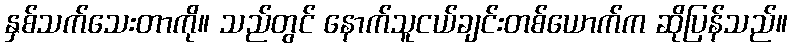
နှစ်သက်သေးတာကို။ သည်တွင် နောက်သူငယ်ချင်းတစ်ယောက်က ဆိုပြန်သည်။